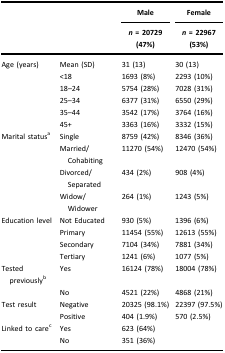
|  |  | Male | Female |
 |  |  | n = 20729 (47%) | n = 22967 (53%) |
 | --- | --- | --- | --- |
 | Age (years) | Mean (SD) | 31 (13) | 30 (13) |
 |  | <18 | 1693 (8%) | 2293 (10%) |
 |  | 18–24 | 5754 (28%) | 7028 (31%) |
 |  | 25–34 | 6377 (31%) | 6550 (29%) |
 |  | 35–44 | 3542 (17%) | 3764 (16%) |
 |  | 45+ | 3363 (16%) | 3332 (15%) |
 | Marital statusa | Single | 8759 (42%) | 8346 (36%) |
 |  | Married/Cohabiting | 11270 (54%) | 12470 (54%) |
 |  | Divorced/Separated | 434 (2%) | 908 (4%) |
 |  | Widow/Widower | 264 (1%) | 1243 (5%) |
 | Education level | Not Educated | 930 (5%) | 1396 (6%) |
 |  | Primary | 11454 (55%) | 12613 (55%) |
 |  | Secondary | 7104 (34%) | 7881 (34%) |
 |  | Tertiary | 1241 (6%) | 1077 (5%) |
 | Tested previouslyb | Yes | 16124 (78%) | 18004 (78%) |
 |  | No | 4521 (22%) | 4868 (21%) |
 | Test result | Negative | 20325 (98.1%) | 22397 (97.5%) |
 |  | Positive | 404 (1.9%) | 570 (2.5%) |
 | Linked to carec | Yes | 623 (64%) |  |
 |  | No | 351 (36%) |  |